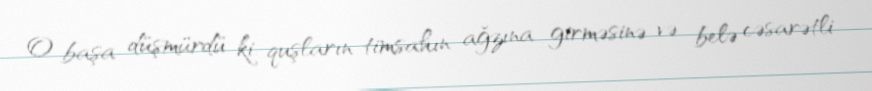
O başa düşmürdü ki, quşların timsahın ağzına girməsinə və belə cəsarətli